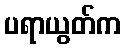
ပရာယွတ်က